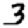
Digit: 3